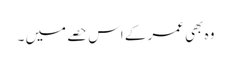
وہ بھی عمر کے اس حصے میں ۔